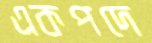
একপদে